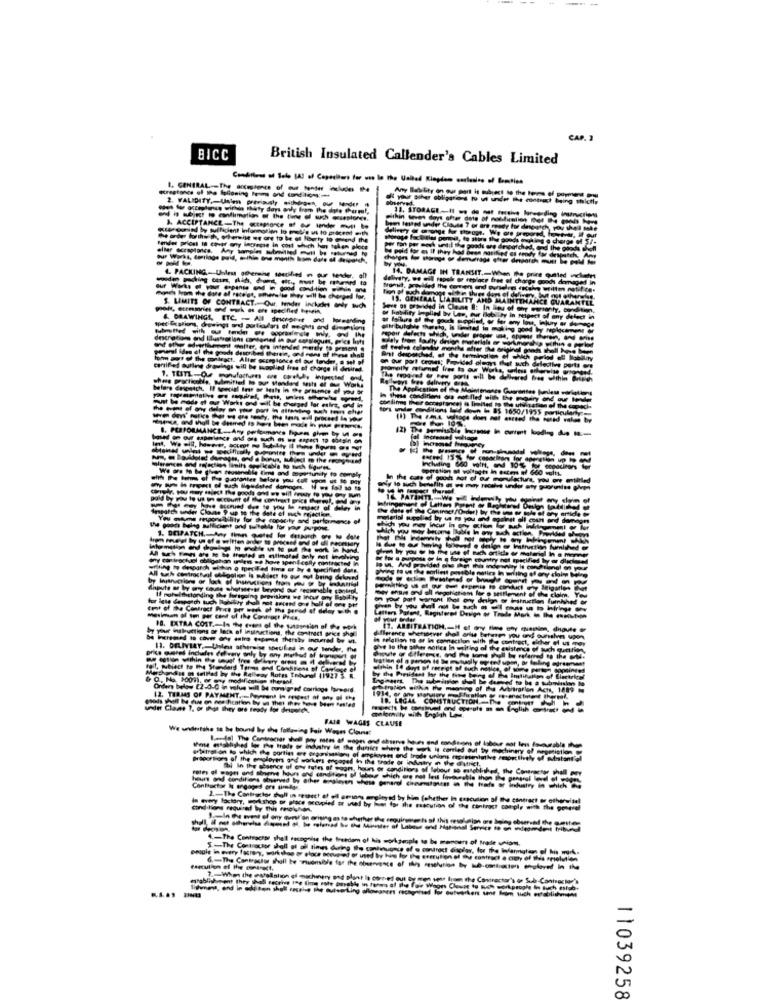
CAP. 2
BICC
British Insulated Callender's Cables Limited
stregtones of the toGoning ton and Conditiong ;...
1. GENERAL -- The accessence of our tonder includes
Any Ilability on our port is subject to the terms
Hing thichty
within with days after dete
Kto gonind by sufficient Information to pod's us to procent with
3. ACCEPTANCE-The -mo- -----
bem tatted under Clouse 7 or are
@ fourty to meand the
a charge
Berker prices In cosas ony lacreche in cost which has taken place
be pold tor es Il they had been notified es enod
14. DAMAGE IN TRANSIT .- When ## pri
replace free
anses from the date of rece ot, otherelte they will be charged Par,
IS. GENERALI
$. LIMITS OF CONTRACT. Our, tender inckdet any Buch
& DRAWINGS, ETC. - All drickaner and
pomiarl ides dl the goods described therein, and cons of these shall
on our port crowes; Provided
certified Butling drawings will be supplied free of charge I desired.
The Application
cortina their
Port
ditions Lid do - 85 1650/1995
IER
- -
the despardh
ithstanding Blue Horsg
period of delay .th
mesiman of ton per cent of the Contract Po
yar inshuttions or leza of inuinactions, the contract price shel
18. EXTRA COST .- Is He eurs of the uu
Increased to cover any entro espome thersby incurred boy ut.
11. DELIVERY, Unless otherwise seules in our lender, the
Be the
it, MNiact to the Stoddard Tarms end Contens of C
the President Bor the
Sse mi tellled by the Railway Rotes Tabel
Orders below 22-0-0 in value will be tunsigned carriage forward.
ools that be cue on mouse fication by w ther they have been Posted
12. TURMAS OF PAYMENT. - Percent in respect of any of the
18. LEGAL CONSTRUCTION-
der Claas 1, or that they ore trady for dripunch.
malemily with English La
FAIR WAGES CLAUSE
We willestahe to be bound by the following Fair Weses Clouset
White astgblighed los the trade of industry in the dursint where the uk Is conled out boy machinery of
artetngt on to which the portis ere organisations of amployans and trade unions nosentative Peorctively of Substantial
om of the oregle
The employer and workers engaged to the shade of industry on the district,
fbi In the absence of ony tales of
1. hours of conditions of labour so estohl
obos chich og net leit favesnelle
Contactar Is engaged ort timdas.
In every factory, work shop of place occupied or used by
pityed by him fehether In execution of the contract or otherwise!
conditions required by this resoluhon.
1-The Contractor chall in reports-messen ge the gascution of the Contract comply with the porsel
4 .- The Contracrss shell recognise the freedom of his workpeople to be members of trade union,
5-The Contractor shall at all times during the continuance of a contract Gacias, for the linlamigtion of his work.
people in every fastery, work than or place occupied of used by his for the oreution of Du contract e amy of thes resolution
7 .- Whas the estallation of machinery and plant la corned out by men sets from the Contractor's of Sub Contractor's
establishment They shall receive the time rate amable in terms of the Fair Woons Clout to such workpeople &in such esfab-
11039258